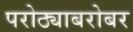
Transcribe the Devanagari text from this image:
परोठ्याबरोबर